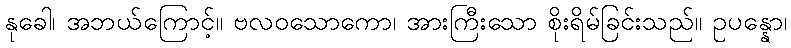
နုခေါ၊ အဘယ်ကြောင့်။ ဗလဝသောကော၊ အားကြီးသော စိုးရိမ်ခြင်းသည်။ ဥပန္နော၊